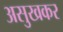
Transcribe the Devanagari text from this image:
असुखकर